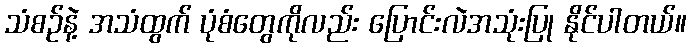
သံစဉ်နဲ့ အသံထွက် ပုံစံတွေကိုလည်း ပြောင်းလဲအသုံးပြု နိုင်ပါတယ်။